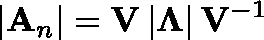
\left| \mathbf { A } _ { n } \right| = \mathbf { V } \left| \mathbf { \Lambda } \right| \mathbf { V } ^ { - 1 }